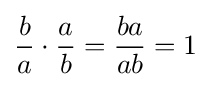
{\frac {b}{a}}\cdot {\frac {a}{b}}={\frac {ba}{ab}}=1